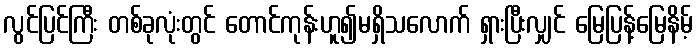
လွင်ပြင်ကြီး တစ်ခုလုံးတွင် တောင်ကုန်းဟူ၍မရှိသလောက် ရှားပြီးလျှင် မြေပြန့်မြေနိမ့်